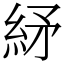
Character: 䋒